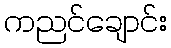
ကညင်ချောင်း